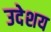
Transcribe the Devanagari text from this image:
उदेशय